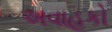
અવાહકો